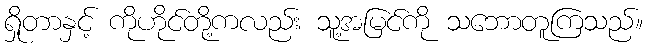
ရှိုတာနှင့် ကိုဟိုင်တို့ကလည်း သူ့အမြင်ကို သဘောတူကြသည်။